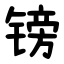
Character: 镑